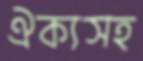
ঐক্যসহ